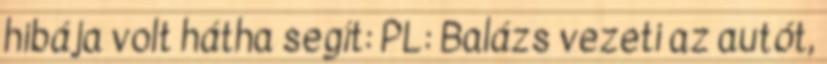
hibája volt hátha segít: PL: Balázs vezeti az autót,